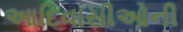
આદિવાસીઓની